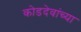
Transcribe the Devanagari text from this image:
कोडदेवांच्या